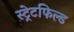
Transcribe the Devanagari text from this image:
स्ट्रेटफिल्ड